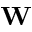
\mathbf { W }